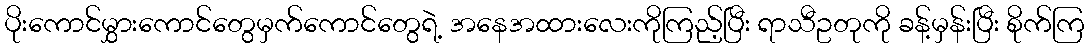
ပိုးကောင်မွှားကောင်တွေမှက်ကောင်တွေရဲ့ အနေအထားလေးကိုကြည့်ပြီး ရာသီဥတုကို ခန့်မှန်းပြီး စိုက်ကြ